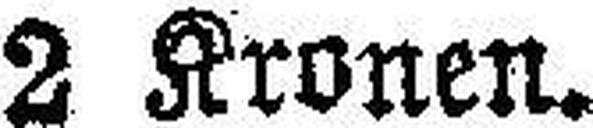
2 Kronen.